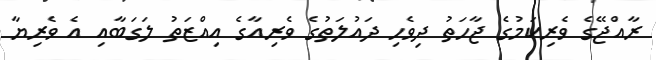
ރާއްޖޭގެ ވެރިކަމުގެ ޖާހަތު ދިވެހި ދައުލަތުގެ ވެރިއާގެ އިއްޒަތު ލަގަބާއި އެ ވެރިޔާ